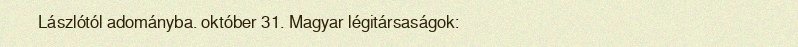
Lászlótól adományba. október 31. Magyar légitársaságok: